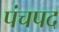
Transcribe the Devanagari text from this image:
पंचपद